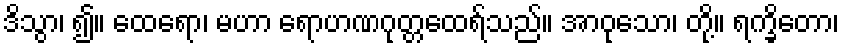
ဒိသွာ၊ ၍။ ထေရော၊ မဟာ ရောဟဏဂုတ္တထေရ်သည်။ အာဝုသော၊ တို့။ ရက္ခိတော၊